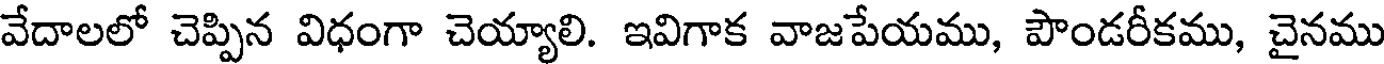
వేదాలలో చెప్పిన విధంగా చెయ్యాలి. ఇవిగాక వాజపేయము, పౌండరీకము, చైనము